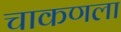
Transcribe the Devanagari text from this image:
चाकणला